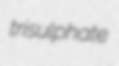
trisulphate